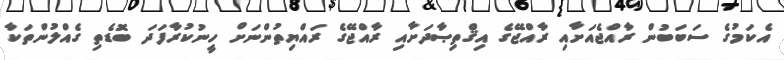
އެކަމުގެ ސަބަބުން ރާއްޖެއަށާއި ރާއްޖޭގެ އިޤްތިޞާދަށާއި ރާއްޖޭގެ ރައްޔިތުންނަށް ހީނުކުރާފަދަ ބޮޑެތި ގެއްލުންތަކާ